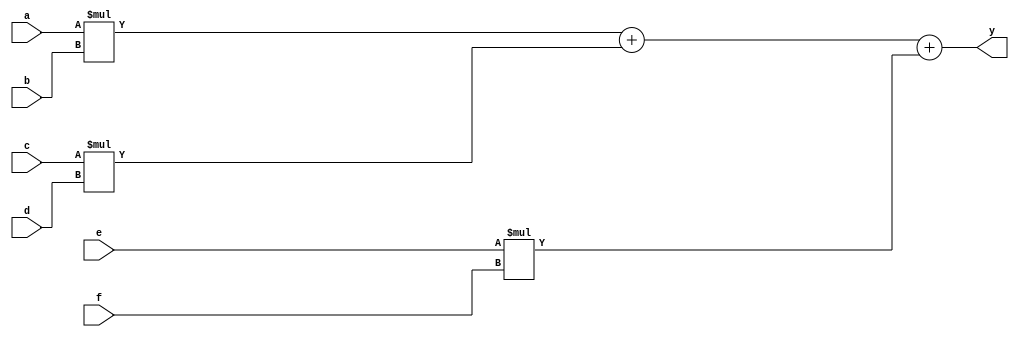
module test1(a, b, c, d, e, f, y);
    input [19:0] a, b, c;
    input [15:0] d, e, f;
    output [41:0] y;
    assign y = a*b + c*d + e*f;
endmodule

module test2(a, b, c, d, e, f, y);
    input [19:0] a, b, c;
    input [15:0] d, e, f;
    output [41:0] y;
    assign y = a*b + (c*d + e*f);
endmodule